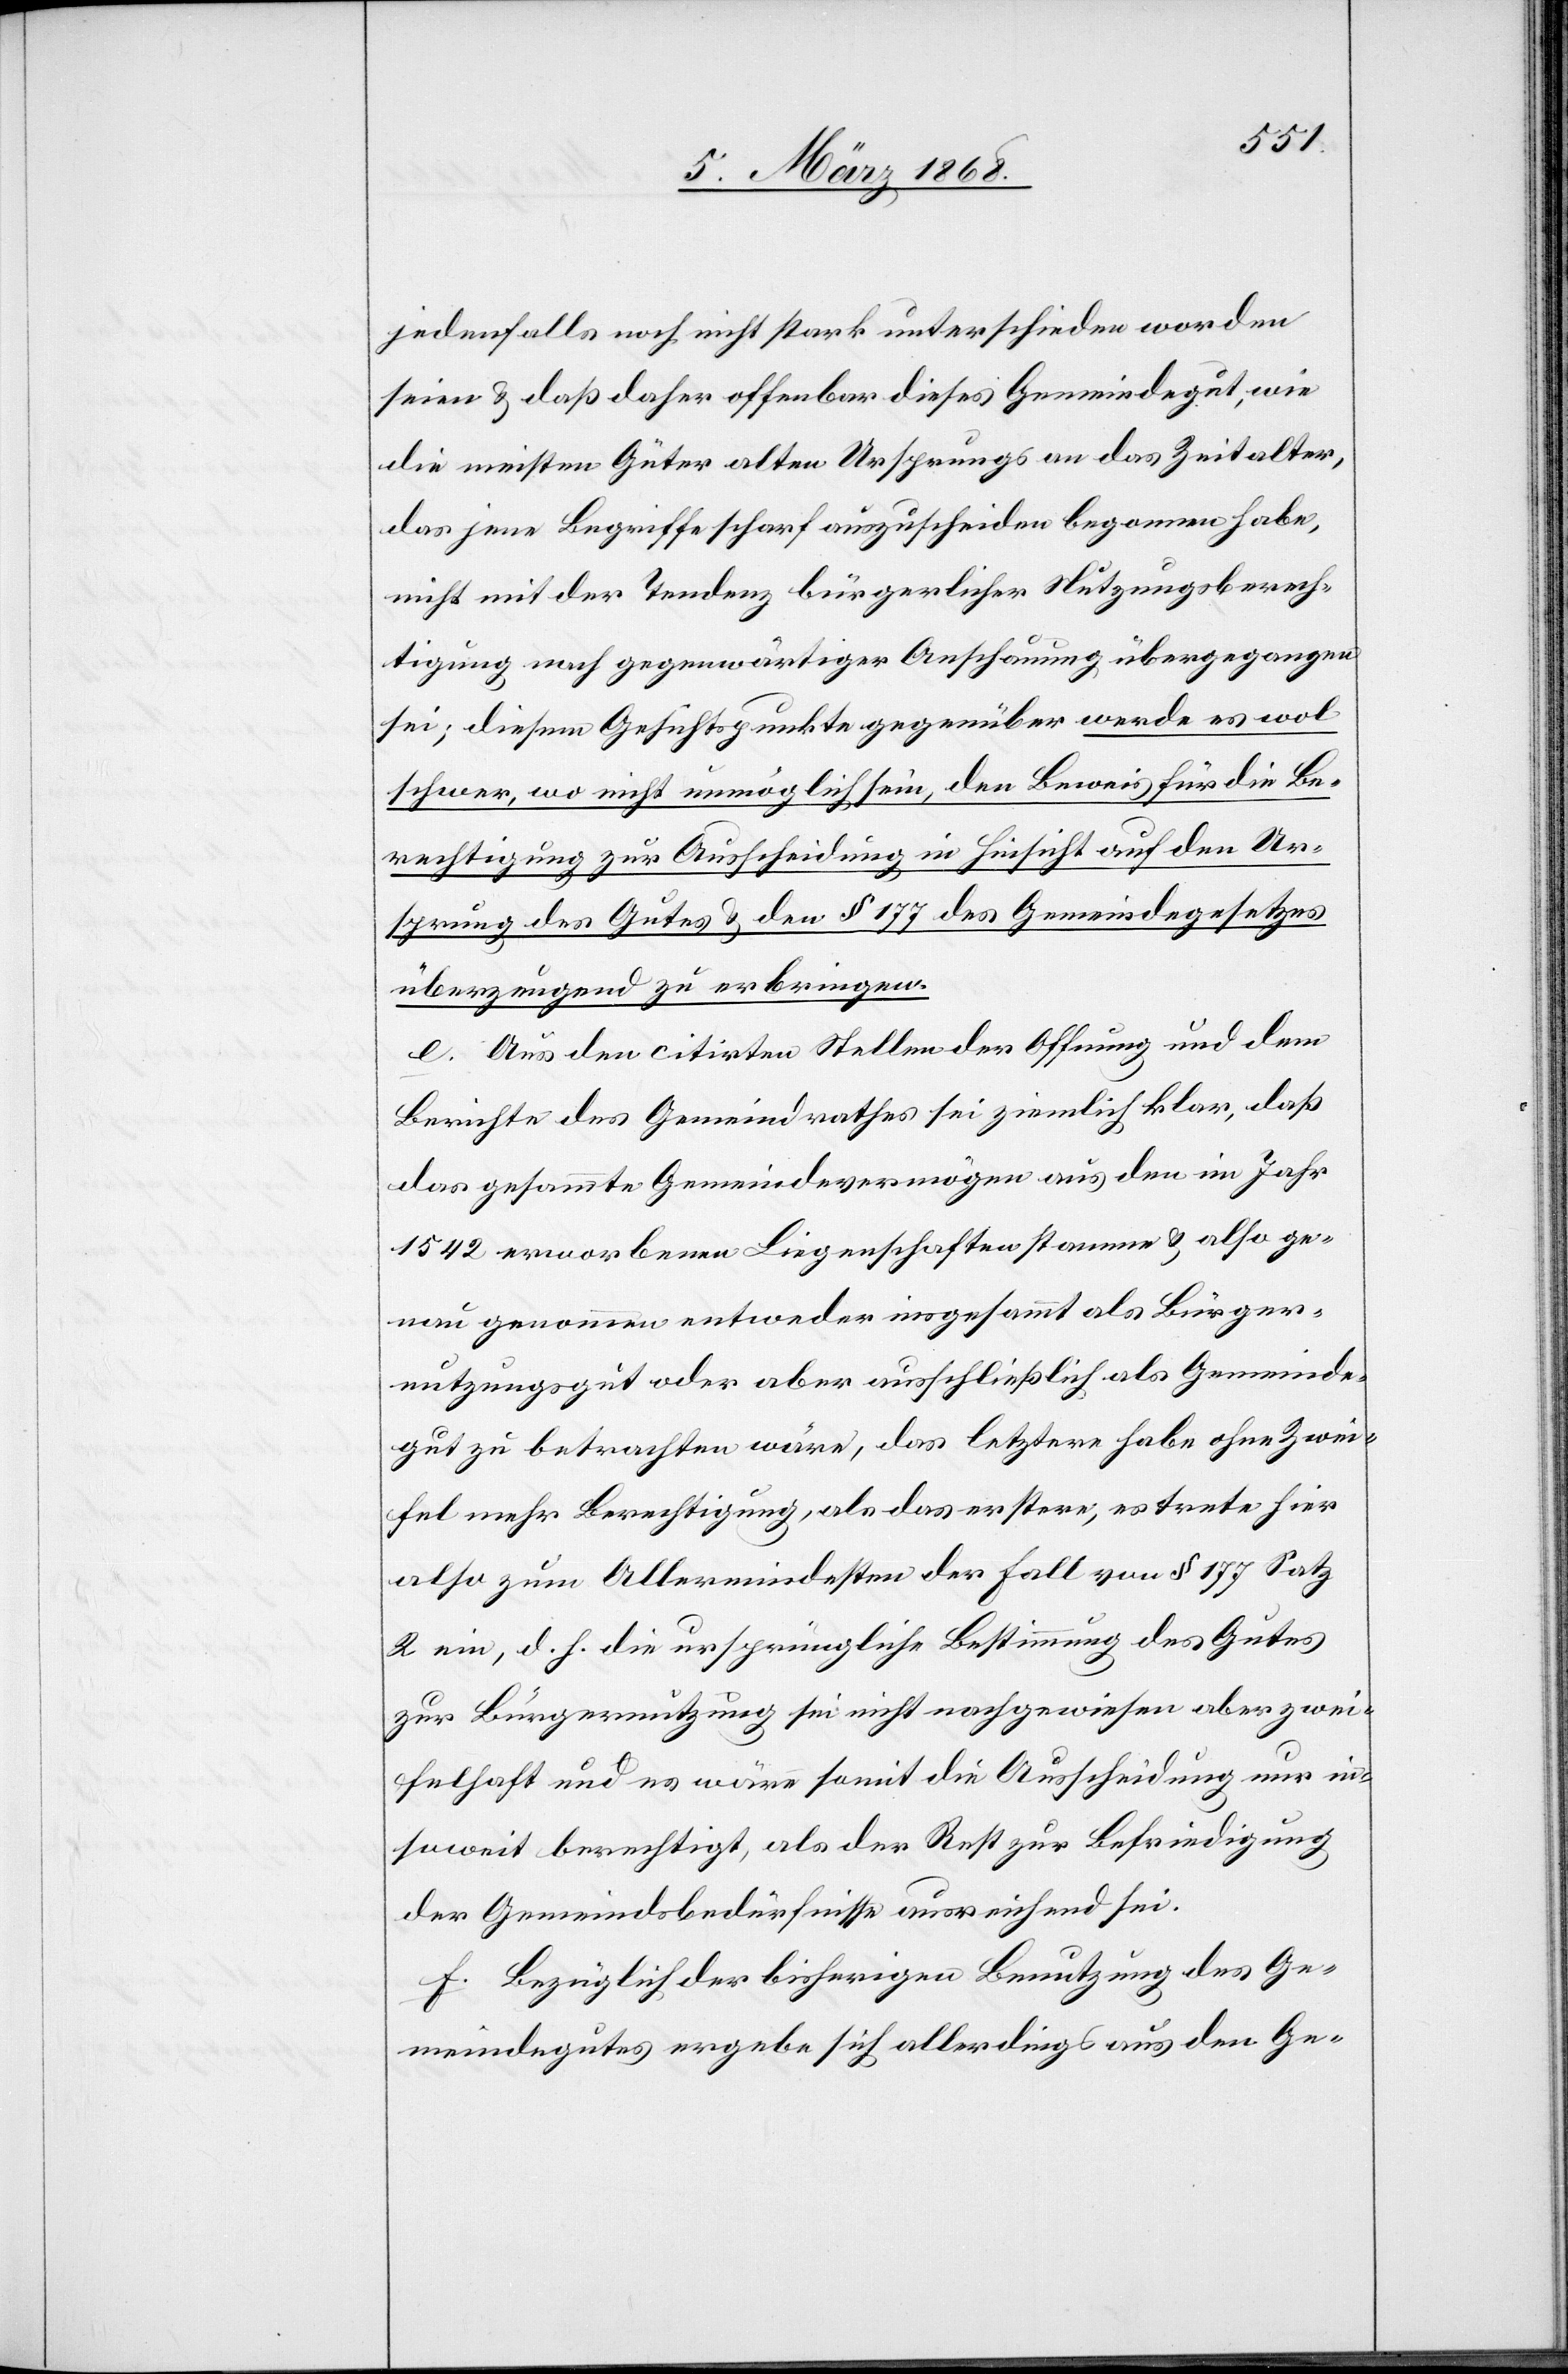
jedenfalls noch nicht stark unterschieden worden
seien & daß daher offenbar dieses Gemeindegut, wie
die meisten Güter alten Ursprungs an das Zeitalter,
das jene Begriffe scharf auszuscheiden begonnen habe,
nicht mit der Tendenz bürgerlicher Nutzungsberech¬
tigung nach gegenwärtiger Anschauung übergegangen
sei; diesem Gesichtspunkte gegenüber werde es wol
schwer, wo nicht unmöglich sein, den Beweis für die Be¬
rechtigung zur Ausscheidung in Hinsicht auf den Ur¬
sprung des Gutes & den § 177 des Gemeindegesetzes
überzeugend zu erbringen.
e. Aus den citirten Stellen der Offnung und dem
Berichte des Gemeindrathes sei ziemlich klar, daß
das gesammte Gemeindevermögen aus den im Jahr
1542 erworbenen Liegenschaften stamme & also ge¬
nau genommen entweder insgesammt als Bürger¬
nutzungsgut oder aber ausschließlich als Gemeinde¬
gut zu betrachten wäre, das letztere habe ohne Zwei¬
fel mehr Berechtigung, als das erstere, es trete hier
also zum Allermindesten der Fall von § 177 Satz
2 ein, d. h. die ursprüngliche Bestimmung des Gutes
zur Bürgernutzung sei nicht nachgewiesen aber zwei¬
felhaft und es wäre somit die Ausscheidung nur in¬
soweit berechtigt, als der Rest zur Befriedigung
der Gemeindsbedürfnisse ausreichend sei.
f. Bezüglich der bisherigen Benutzung des Ge¬
meindegutes ergebe sich allerdings aus den Ge-